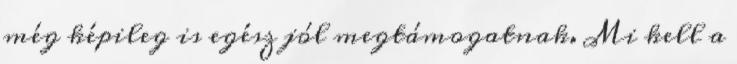
még képileg is egész jól megtámogatnak. Mi kell a